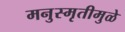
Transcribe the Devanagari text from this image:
मनुस्मृतीमुळे